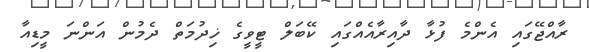
ރާއްޖޭގައި އެންމެ ފުޅާ ދާއިރާއެއްގައި ކޭބަލް ޓީވީގެ ޚިދުމަތް ދެމުން އަންނަ މީޑިއާ